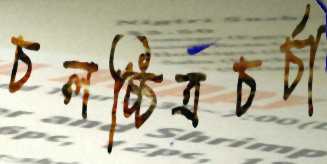
চলচ্চিত্রচর্চা